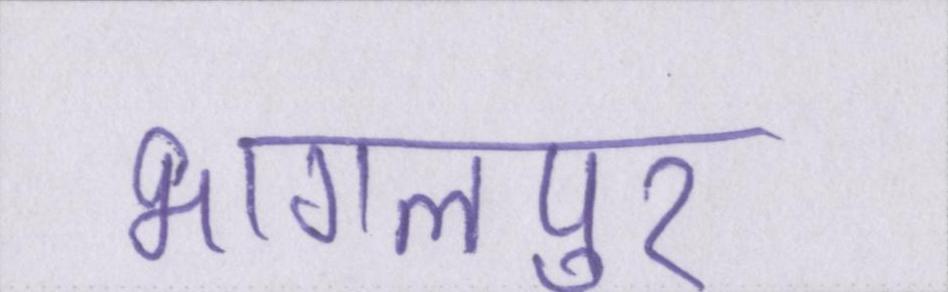
भागलपुर